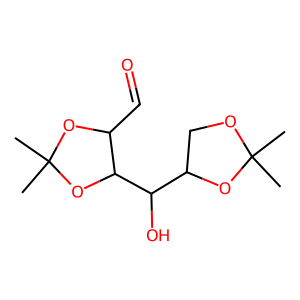
SMILES: CC1(C)OCC(C(O)C2OC(C)(C)OC2C=O)O1
Inhibits HIV replication: No